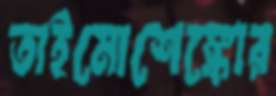
তাইমোশেঙ্কোর